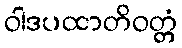
ဝါဒပထာတိဝတ္တံ